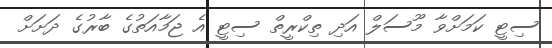
ސިޓީ ކަމަށްވާ މޫސަލް އަދި ތިކްރީތް ސިޓީ އެ ޖަމާއަތުގެ ބާރުގެ ދަށަށް